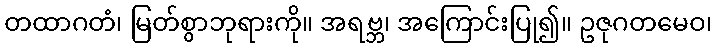
တထာဂတံ၊ မြတ်စွာဘုရားကို။ အရဗ္ဘ၊ အကြောင်းပြု၍။ ဥဇုဂတမေဝ၊